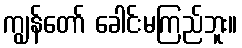
ကျွန်တော် ခေါင်းမကြည်ဘူး။